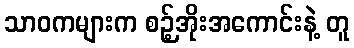
သာဝကများက စဉ့်အိုးအကောင်းနဲ့ တူ